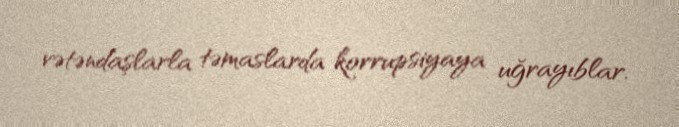
vətəndaşlarla təmaslarda korrupsiyaya uğrayıblar.